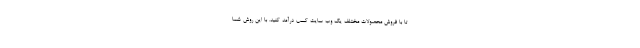
تا با فروش محصولات مختلف یک وب سایت کسب درآمد کنید. با این روش شما